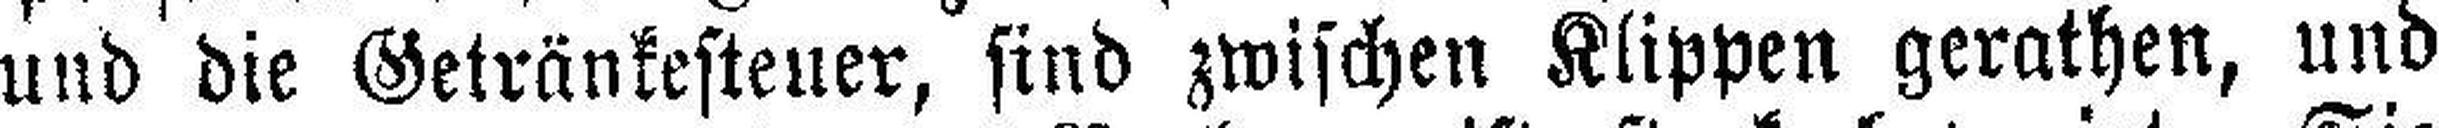
und die Getränkesteuer, sind zwischen Klippen gerathen, und